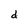
Character: d